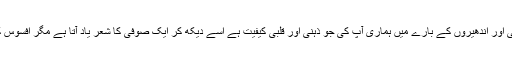
اس مصنوعی روشنی اور اندھیروں کے بارے میں ہماری آپ کی جو ذہنی اور قلبی کیفیت ہے اسے دیکھ کر ایک صوفی کا شعر یاد آتا ہے مگر افسوس کہ نام یاد نہیں آ رہا۔